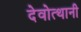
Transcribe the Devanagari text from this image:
देवोत्थानी